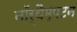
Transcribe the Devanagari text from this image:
नॉर्थैम्पटन